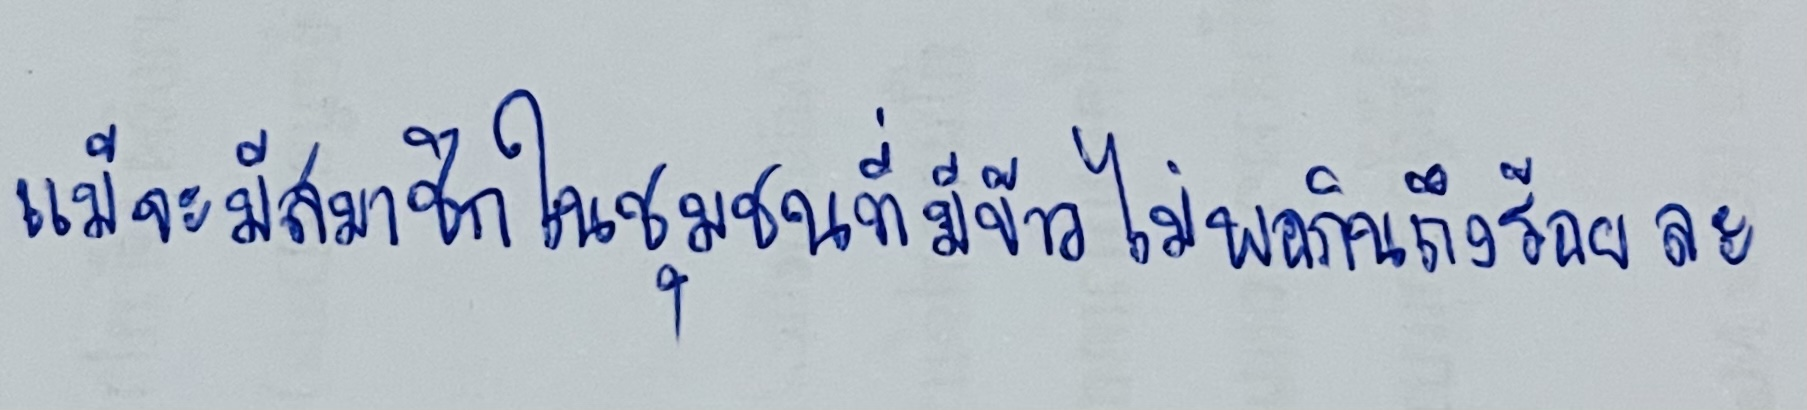
แม้จะมีสมาชิกในชุมชนที่มีข้าวไม่พอกินถึงร้อยละ